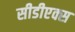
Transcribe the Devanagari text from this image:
सीडीएक्स